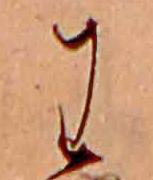
わ